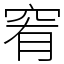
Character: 䆜